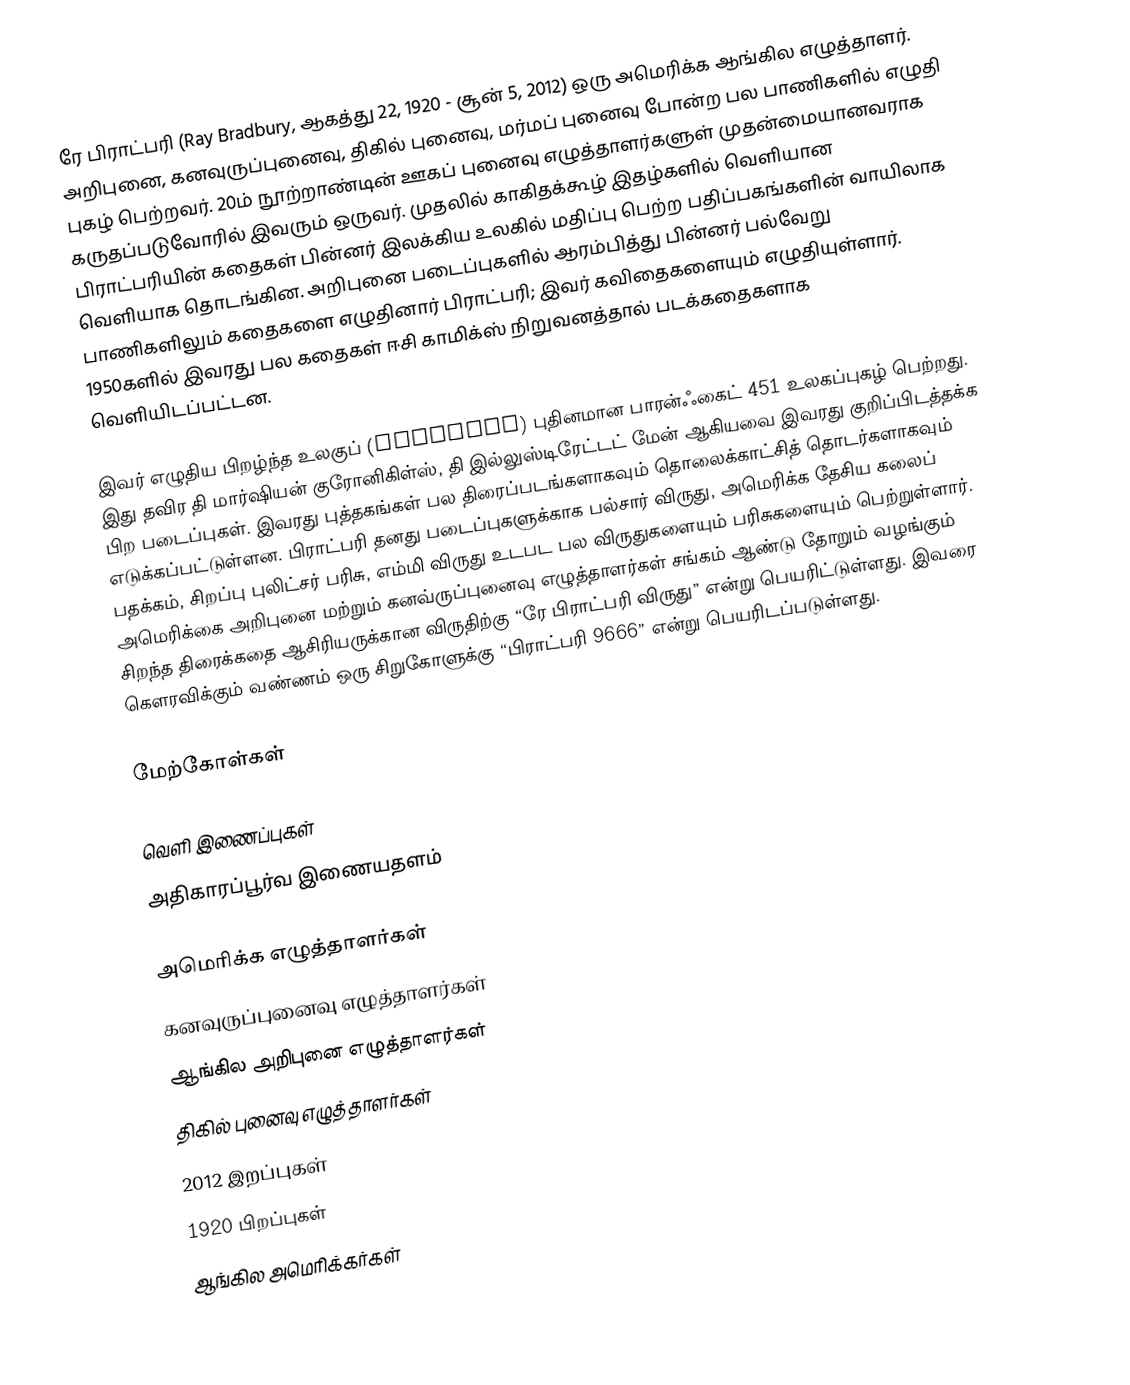
ரே பிராட்பரி (Ray Bradbury, ஆகத்து 22, 1920 - சூன் 5, 2012) ஒரு அமெரிக்க ஆங்கில எழுத்தாளர். அறிபுனை, கனவுருப்புனைவு, திகில் புனைவு, மர்மப் புனைவு போன்ற பல பாணிகளில் எழுதி புகழ் பெற்றவர். 20ம் நூற்றாண்டின் ஊகப் புனைவு எழுத்தாளர்களுள் முதன்மையானவராக கருதப்படுவோரில் இவரும் ஒருவர். முதலில் காகிதக்கூழ் இதழ்களில் வெளியான பிராட்பரியின் கதைகள் பின்னர் இலக்கிய உலகில் மதிப்பு பெற்ற பதிப்பகங்களின் வாயிலாக வெளியாக தொடங்கின. அறிபுனை படைப்புகளில் ஆரம்பித்து பின்னர் பல்வேறு பாணிகளிலும் கதைகளை எழுதினார் பிராட்பரி; இவர் கவிதைகளையும் எழுதியுள்ளார். 1950களில் இவரது பல கதைகள் ஈசி காமிக்ஸ் நிறுவனத்தால் படக்கதைகளாக வெளியிடப்பட்டன.

இவர் எழுதிய பிறழ்ந்த உலகுப் (dystopia) புதினமான பாரன்ஃகைட் 451 உலகப்புகழ் பெற்றது. இது தவிர தி மார்ஷியன் குரோனிகிள்ஸ், தி இல்லுஸ்டிரேட்டட் மேன் ஆகியவை இவரது குறிப்பிடத்தக்க பிற படைப்புகள். இவரது புத்தகங்கள் பல திரைப்படங்களாகவும் தொலைக்காட்சித் தொடர்களாகவும் எடுக்கப்பட்டுள்ளன. பிராட்பரி தனது படைப்புகளுக்காக பல்சார் விருது, அமெரிக்க தேசிய கலைப் பதக்கம், சிறப்பு புலிட்சர் பரிசு, எம்மி விருது உடபட பல விருதுகளையும் பரிசுகளையும் பெற்றுள்ளார். அமெரிக்கை அறிபுனை மற்றும் கனவ்ருப்புனைவு எழுத்தாளர்கள் சங்கம் ஆண்டு தோறும் வழங்கும் சிறந்த திரைக்கதை ஆசிரியருக்கான விருதிற்கு “ரே பிராட்பரி விருது” என்று பெயரிட்டுள்ளது. இவரை கெளரவிக்கும் வண்ணம் ஒரு சிறுகோளுக்கு “பிராட்பரி 9666” என்று பெயரிடப்படுள்ளது.

மேற்கோள்கள்

வெளி இணைப்புகள்
 அதிகாரப்பூர்வ இணையதளம்

அமெரிக்க எழுத்தாளர்கள்
கனவுருப்புனைவு எழுத்தாளர்கள்
ஆங்கில அறிபுனை எழுத்தாளர்கள்
திகில் புனைவு எழுத்தாளர்கள்
2012 இறப்புகள்
1920 பிறப்புகள்
ஆங்கில அமெரிக்கர்கள்